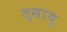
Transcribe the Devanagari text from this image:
त्साय्